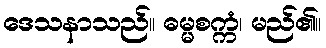
ဒေသနာသည်။ ဓမ္မစက္ကံ၊ မည်၏။